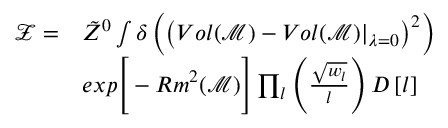
\begin{array} { r l } { \mathcal { Z } = } & { \tilde { Z } ^ { 0 } \int \delta \left( \left( V o l ( \mathcal { M } ) - V o l ( \mathcal { M } ) \vert _ { \lambda = 0 } \right) ^ { 2 } \right) } \\ & { e x p \Bigg [ - R m ^ { 2 } ( \mathcal { M } ) \Bigg ] \prod _ { l } \left( \frac { \sqrt { w _ { l } } } { l } \right) D \left[ l \right] } \end{array}